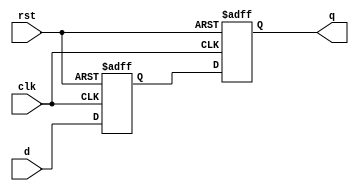
module doubleff_sync(clk,rst,d,q);
parameter WIDTH = 4;

input clk,rst;
input [WIDTH-1:0] d;
output reg [WIDTH-1:0] q;
reg [WIDTH-1:0] d1d2_0;

always @(posedge clk or negedge rst) begin
   if(!rst) begin
     {d1d2_0,q} <= 0;
   end
   else begin
       d1d2_0 <= d;
       q <= d1d2_0;
       end
end


endmodule